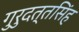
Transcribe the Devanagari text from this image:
गुरुदत्तसिंह